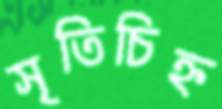
সৃতিচিহ্ন